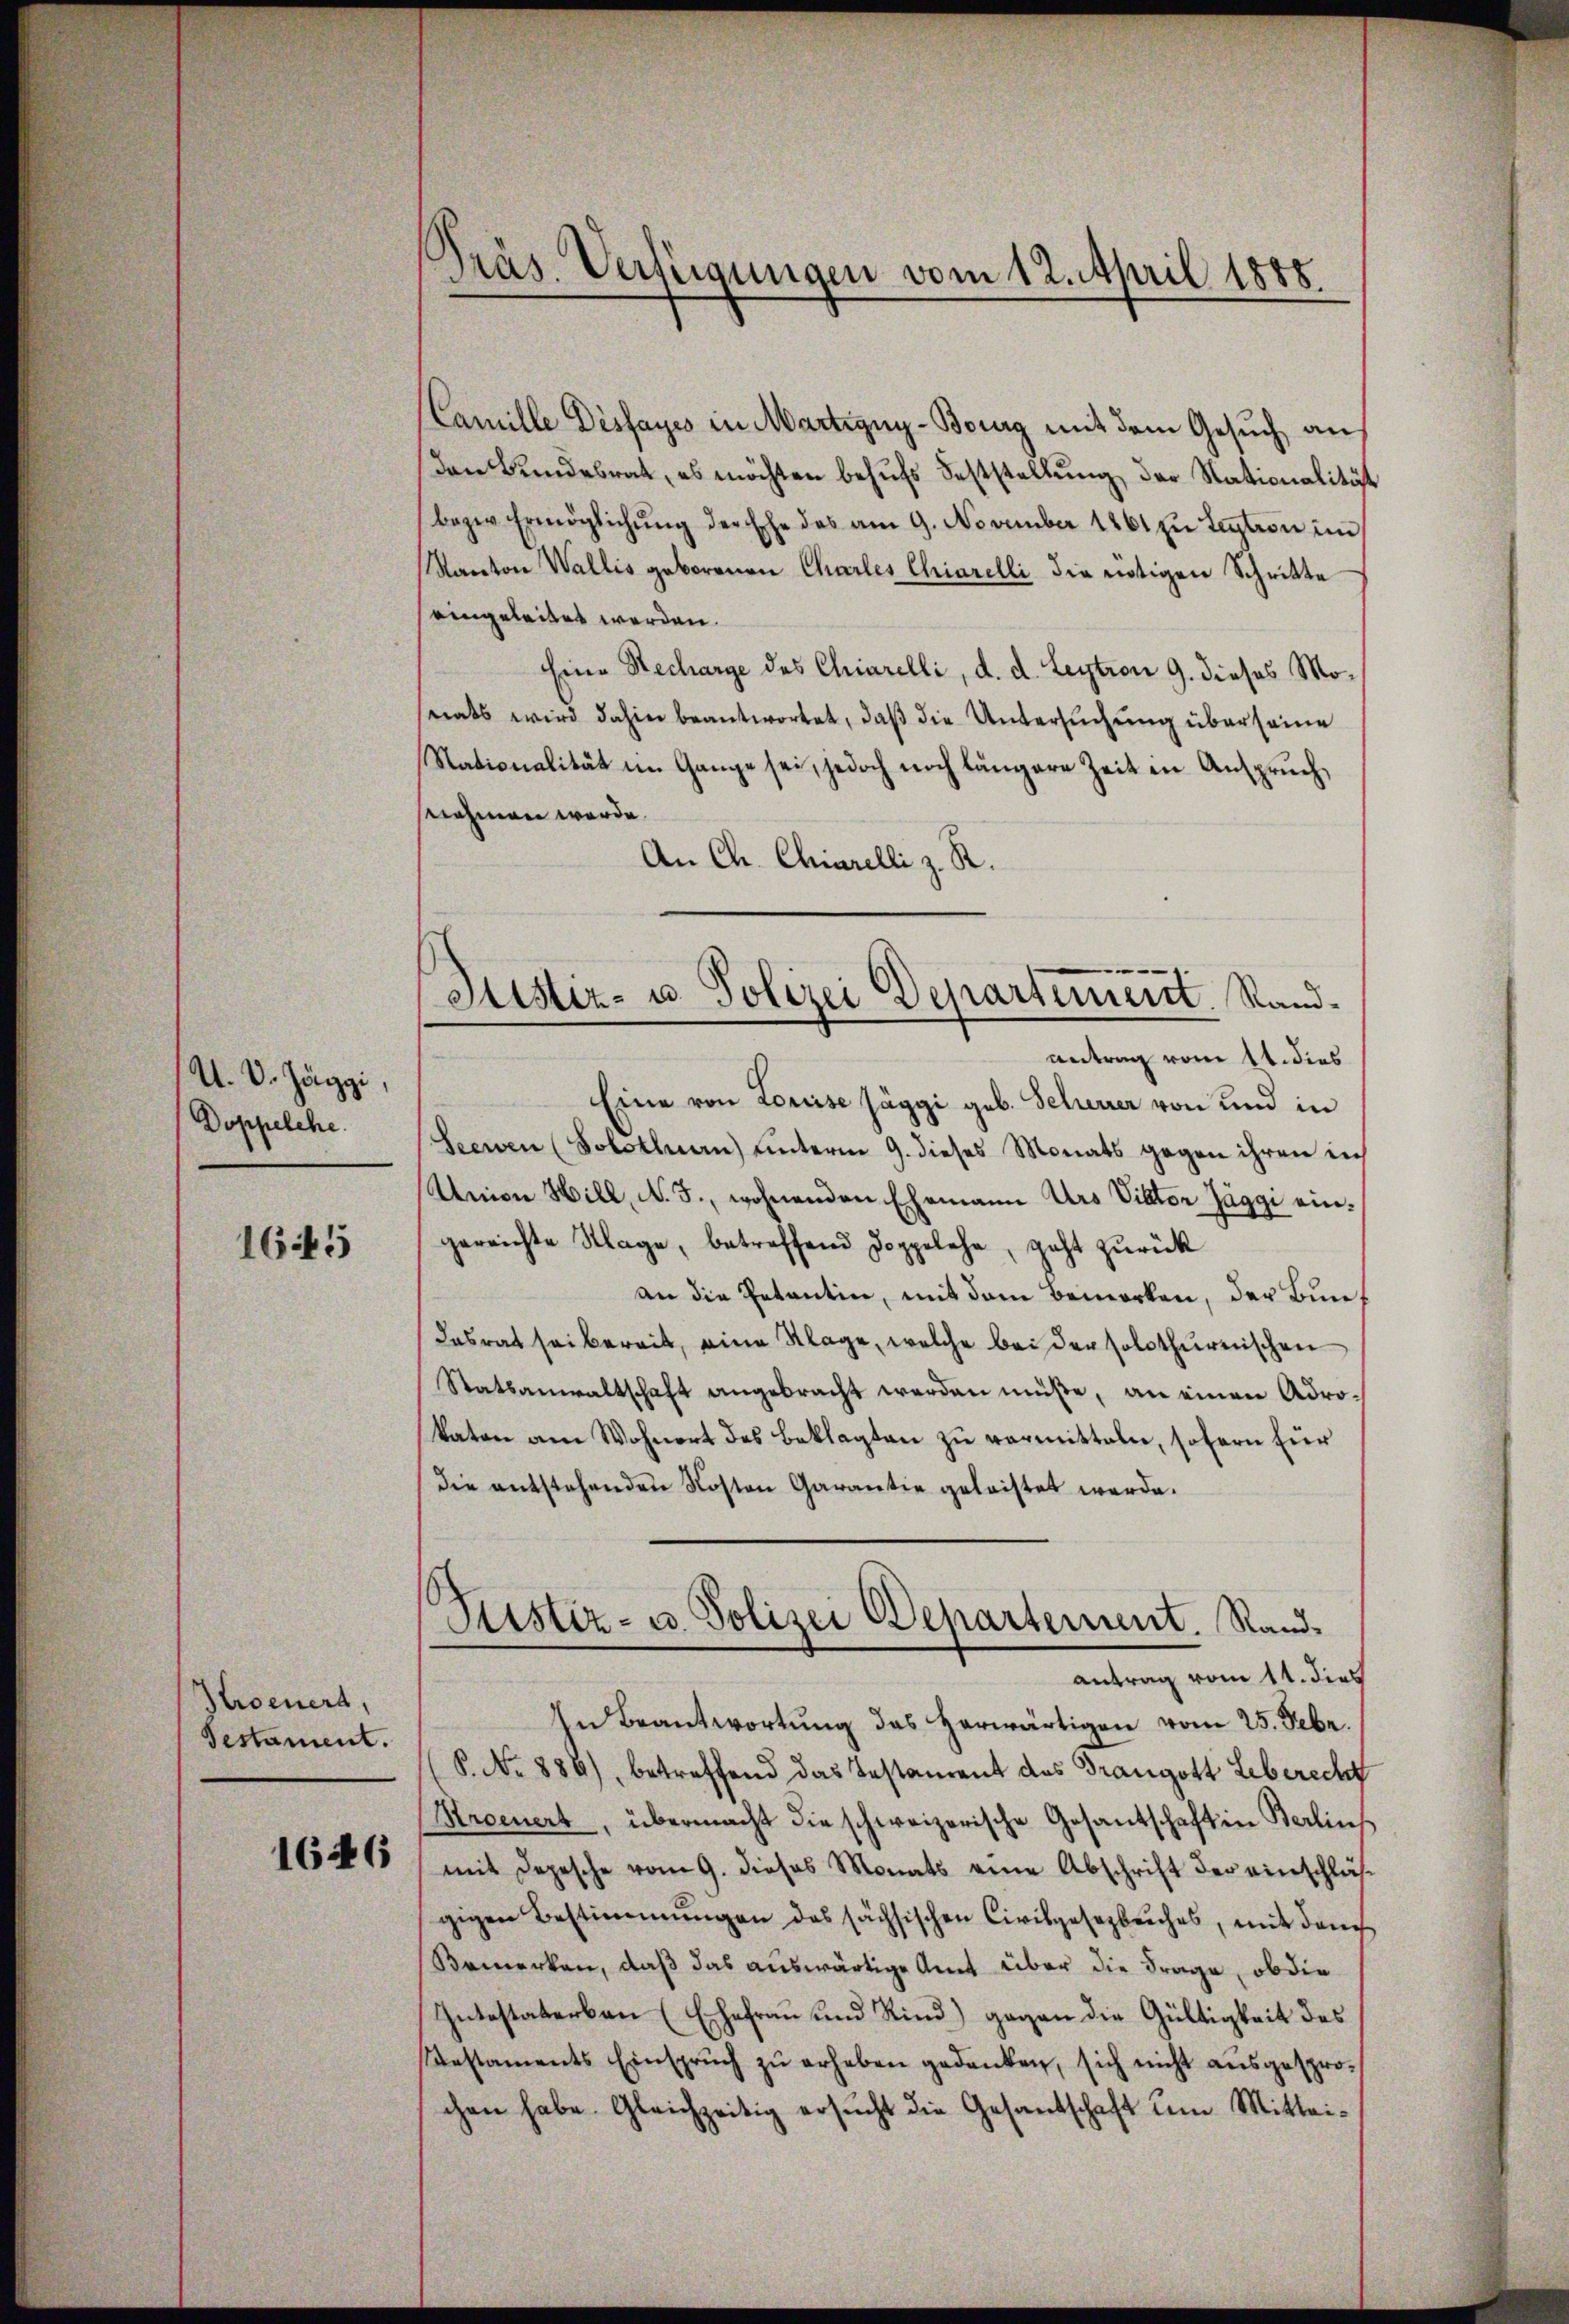
U. V. Jäggi,
Doppelche.

1645

Kroenert,
Testament.

1646

Präs. Verfügungen vom 12. April 1888.

Camille Dissayes in Martigny-Bourg mit dem Gesuch, an
den Bundesrat, es möchten behŭfs Feststellung der Nationalität
bezw. Ermöglichŭng der Ehe des am 9. November 1861 zu Lection im
Kanton Wallis geborenen Charles Chiarelli die nötigen Schritte
eingeleitet werden.
Eine Recharge des Chiarelli, d. d. Leytron 9. dieses Monats wird dahin beantwortet, daß die Untersuchung über seine
Nationalität in Gange sei, jedoch noch längere Zeit in Anspruch,
snehmen werde.
An Ch. Chiarelli z. R.
Eine von Louisse Jäggi geb. Scheurer von und in
Seewen (Solothurn) unterm 9. dieses Monats gegen ihren in
Union Hill, N. 3., wohnenden Ehemann Urs Viktor Jaggi eingereichte Klage, betreffend Doppelehr, geht zurück
an die Petentin, mit dem Bemerken, der Bundesrat sei bereit, eine Klage, welche bei der solothurnischen
Statsanwaltschaft angebracht werden müße, an einen Adrokaten am Wohnert des Beklagten zu vermitteln, sofern für
die entstehenden Kosten Garantie geleistet werde.
Ristiz- u. Polizei Departement. Sandantrag vom 11. dies
In Beantwortung das herwärtigen vom 25. Febr.
P. No 886), betreffend das Testaurent des Grangott Leberecht
Stroenert, übermacht die schweizerische Gesantschaft in Berlins
mit Depesche vom 9. dieses Monats eine Abschrift der einschlusgigen Bestimmungen des sächsischen Civilgesezeiches, mit dem
Bemerken, daß das auswärtige Amt über die Frage, ob die
Intestaterbau (Ehefrau und Kind) gegen die Gültigkeit des
estaments Einspruch zu erheben gedanken, sich nicht ausgesprochen habe. Gleichzeitig ersucht die Gesantschaft um Mittei¬

Justiz- u. Polizei Departement. Randantrag vom 14. dies